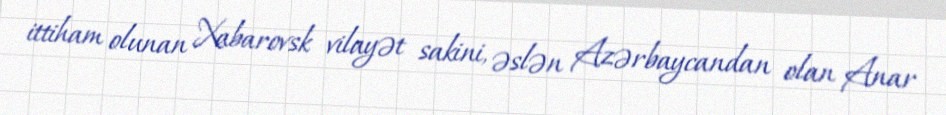
ittiham olunan Xabarovsk vilayət sakini, əslən Azərbaycandan olan Anar